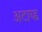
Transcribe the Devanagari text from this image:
अटाच्ड